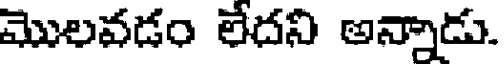
మొలవడం లేదని అన్నాడు.